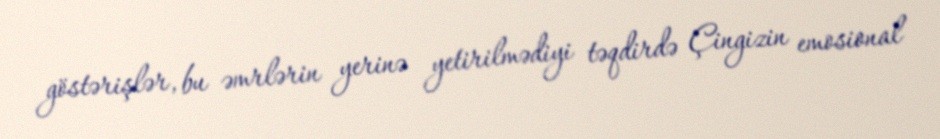
göstərişlər, bu əmrlərin yerinə yetirilmədiyi təqdirdə Çingizin emosional